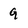
Character: 9